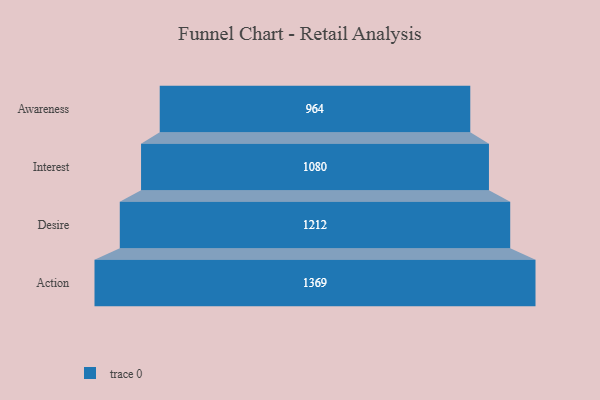
{"axis": {"x": "Stage", "y": "Value"}, "legend": [""], "data": [{"x": "Awareness", "y": 964.0, "type": ""}, {"x": "Interest", "y": 1080.0, "type": ""}, {"x": "Desire", "y": 1212.0, "type": ""}, {"x": "Action", "y": 1369.0, "type": ""}]}